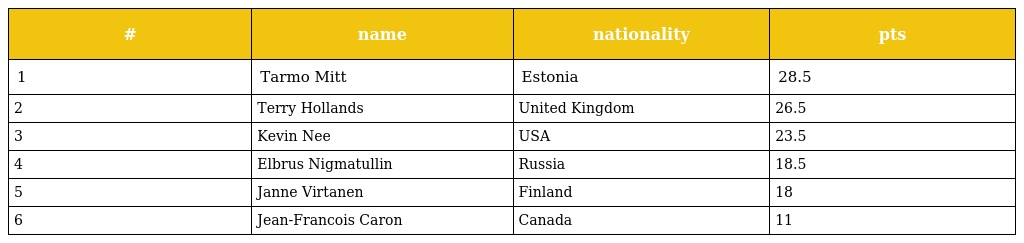
| # | name | nationality | pts |
 | --- | --- | --- | --- |
 | 1 | Tarmo Mitt | Estonia | 28.5 |
 | 2 | Terry Hollands | United Kingdom | 26.5 |
 | 3 | Kevin Nee | USA | 23.5 |
 | 4 | Elbrus Nigmatullin | Russia | 18.5 |
 | 5 | Janne Virtanen | Finland | 18 |
 | 6 | Jean-Francois Caron | Canada | 11 |